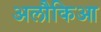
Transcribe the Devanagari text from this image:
अलौकिआ